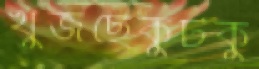
খুঁজছেকুটকু